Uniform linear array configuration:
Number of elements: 16
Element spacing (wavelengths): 0.75
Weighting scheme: kaiser
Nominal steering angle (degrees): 0
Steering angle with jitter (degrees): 1.689
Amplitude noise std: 0.05
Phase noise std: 0.05

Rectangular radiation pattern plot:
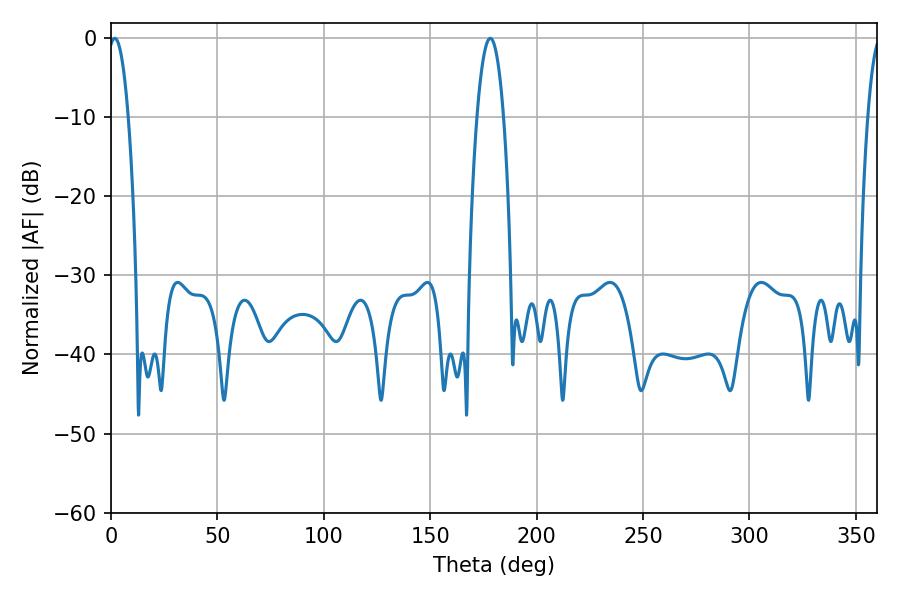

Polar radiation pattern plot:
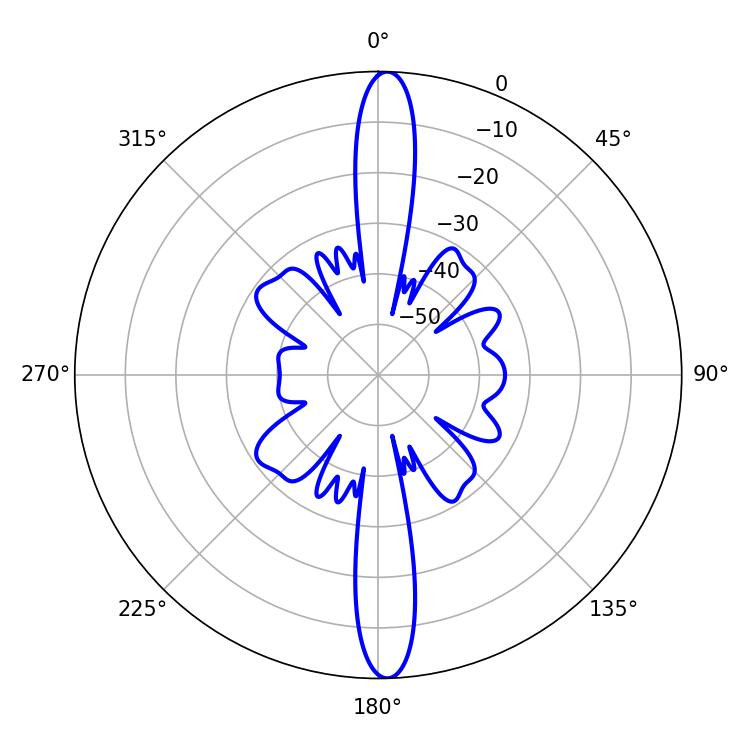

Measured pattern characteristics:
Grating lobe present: TRUE
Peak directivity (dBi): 23.881
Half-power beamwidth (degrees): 5.22
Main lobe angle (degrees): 1.8